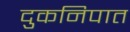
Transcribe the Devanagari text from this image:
दुकनिपात